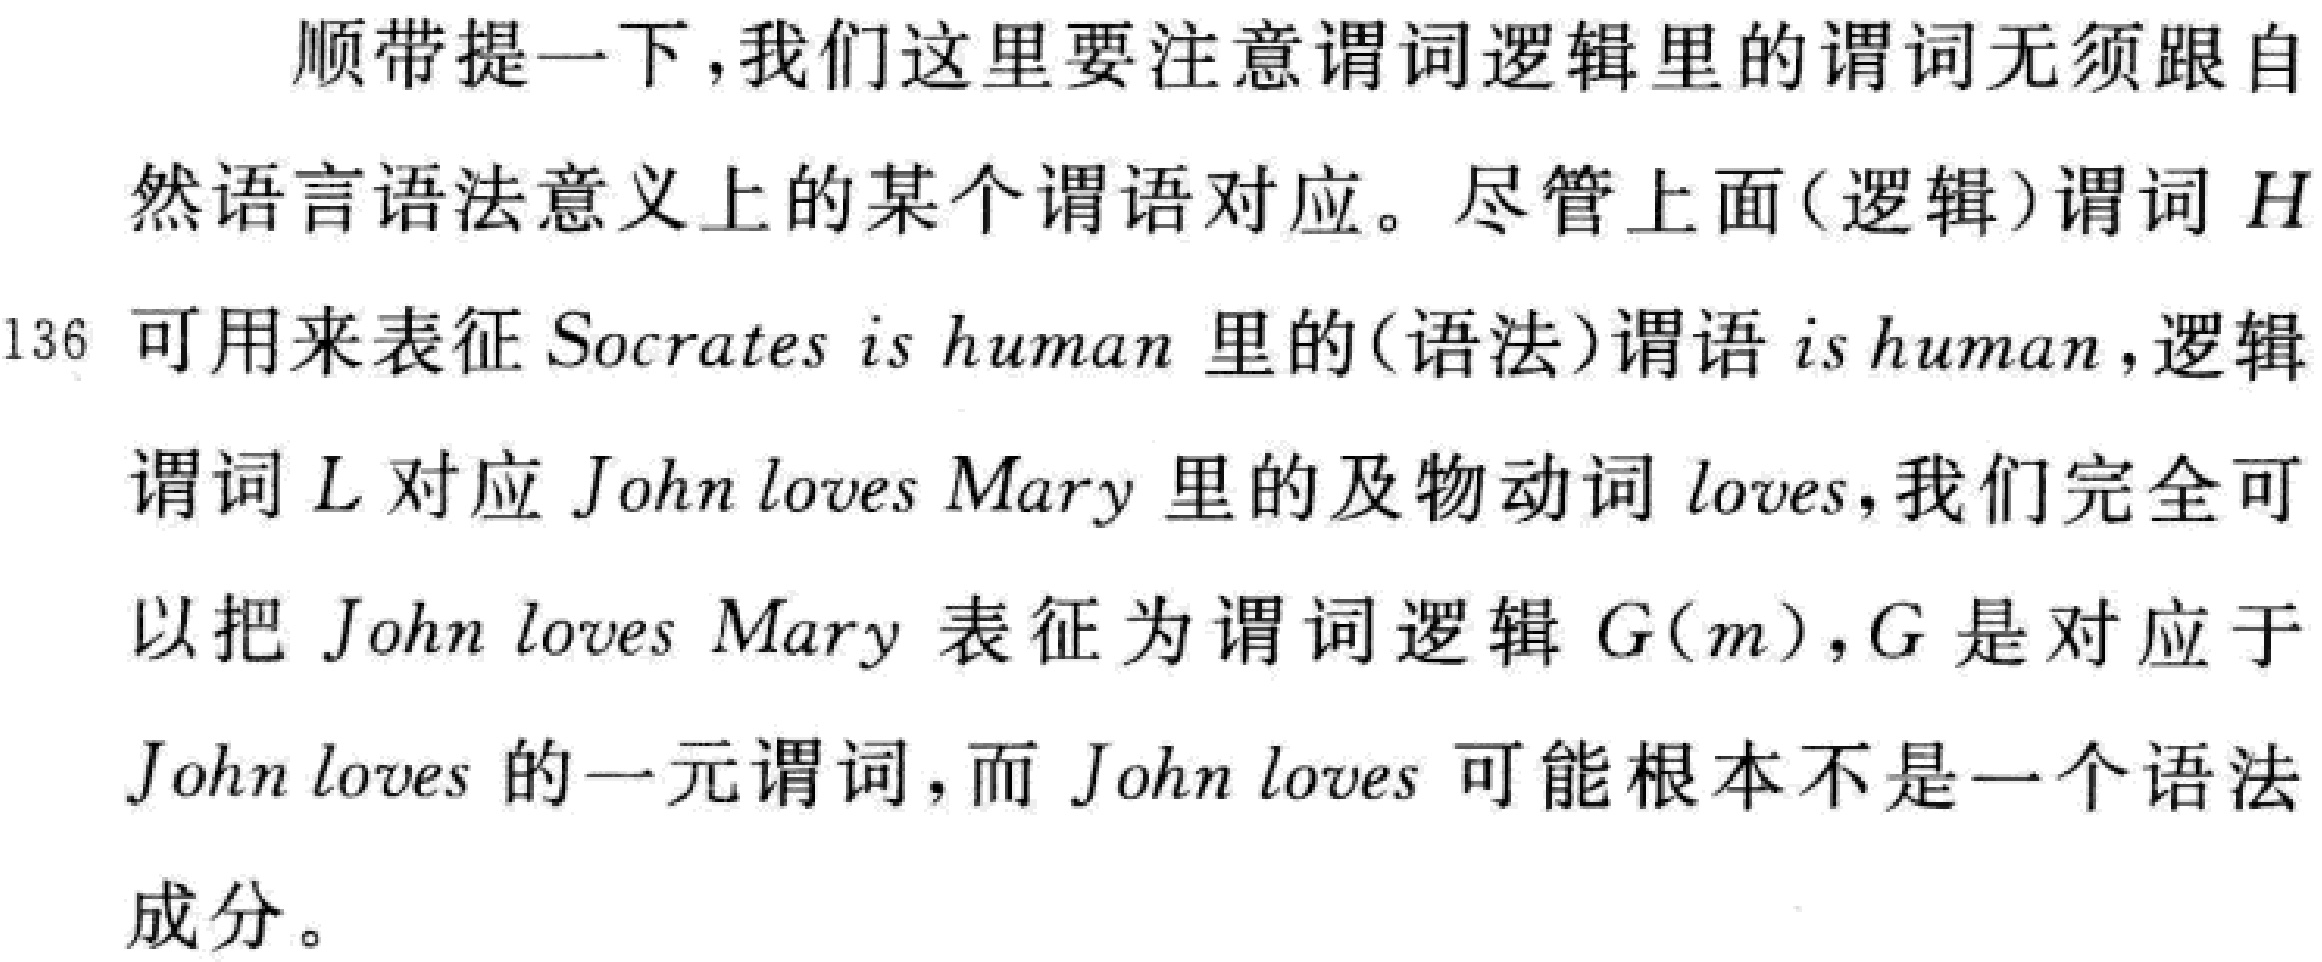
顺带提一下,我们这里要注意谓词逻辑里的谓词无须跟自
然语言语法意义上的某个谓语对应。尽管上面(逻辑)谓词\(H\)
可用来表征 \(Socrates\ is\ human\)里的(语法)谓语\(is\ human\),逻辑
谓词\(L\)对应 \(John\ loves\ Mary\)里的及物动词\(loves\),我们完全可
以把 \(John\ loves\ Mary\)表征为谓词逻辑\(G(m)\),\(G\)是对应于
\(John\ loves\)的一元谓词,而 \(John\ loves\)可能根本不是一个语法
成分。